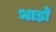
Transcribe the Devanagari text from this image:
भाड़ों